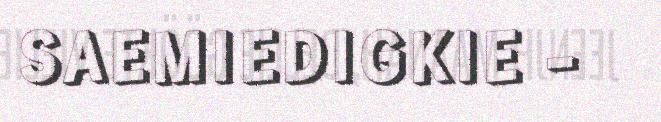
SAEMIEDIGKIE -